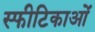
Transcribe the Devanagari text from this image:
स्फीटिकाओं